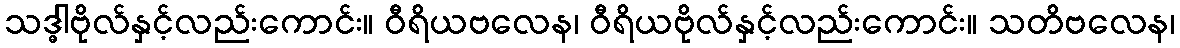
သဒ္ဓါဗိုလ်နှင့်လည်းကောင်း။ ဝီရိယဗလေန၊ ဝီရိယဗိုလ်နှင့်လည်းကောင်း။ သတိဗလေန၊